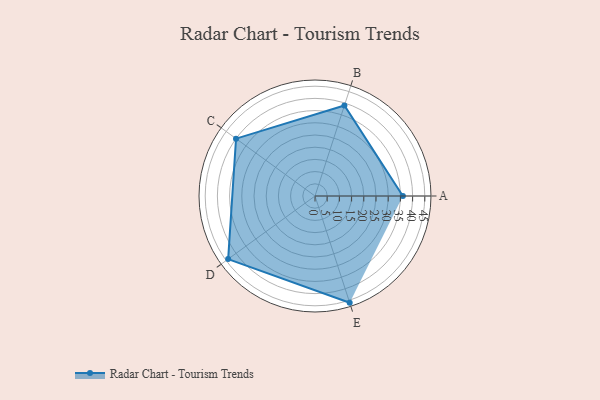
{"axis": {"x": "Skill", "y": "Score"}, "legend": ["Profile"], "data": [{"x": "A", "y": 36.0, "type": "Profile"}, {"x": "B", "y": 39.0, "type": "Profile"}, {"x": "C", "y": 40.0, "type": "Profile"}, {"x": "D", "y": 44.0, "type": "Profile"}, {"x": "E", "y": 46.0, "type": "Profile"}]}